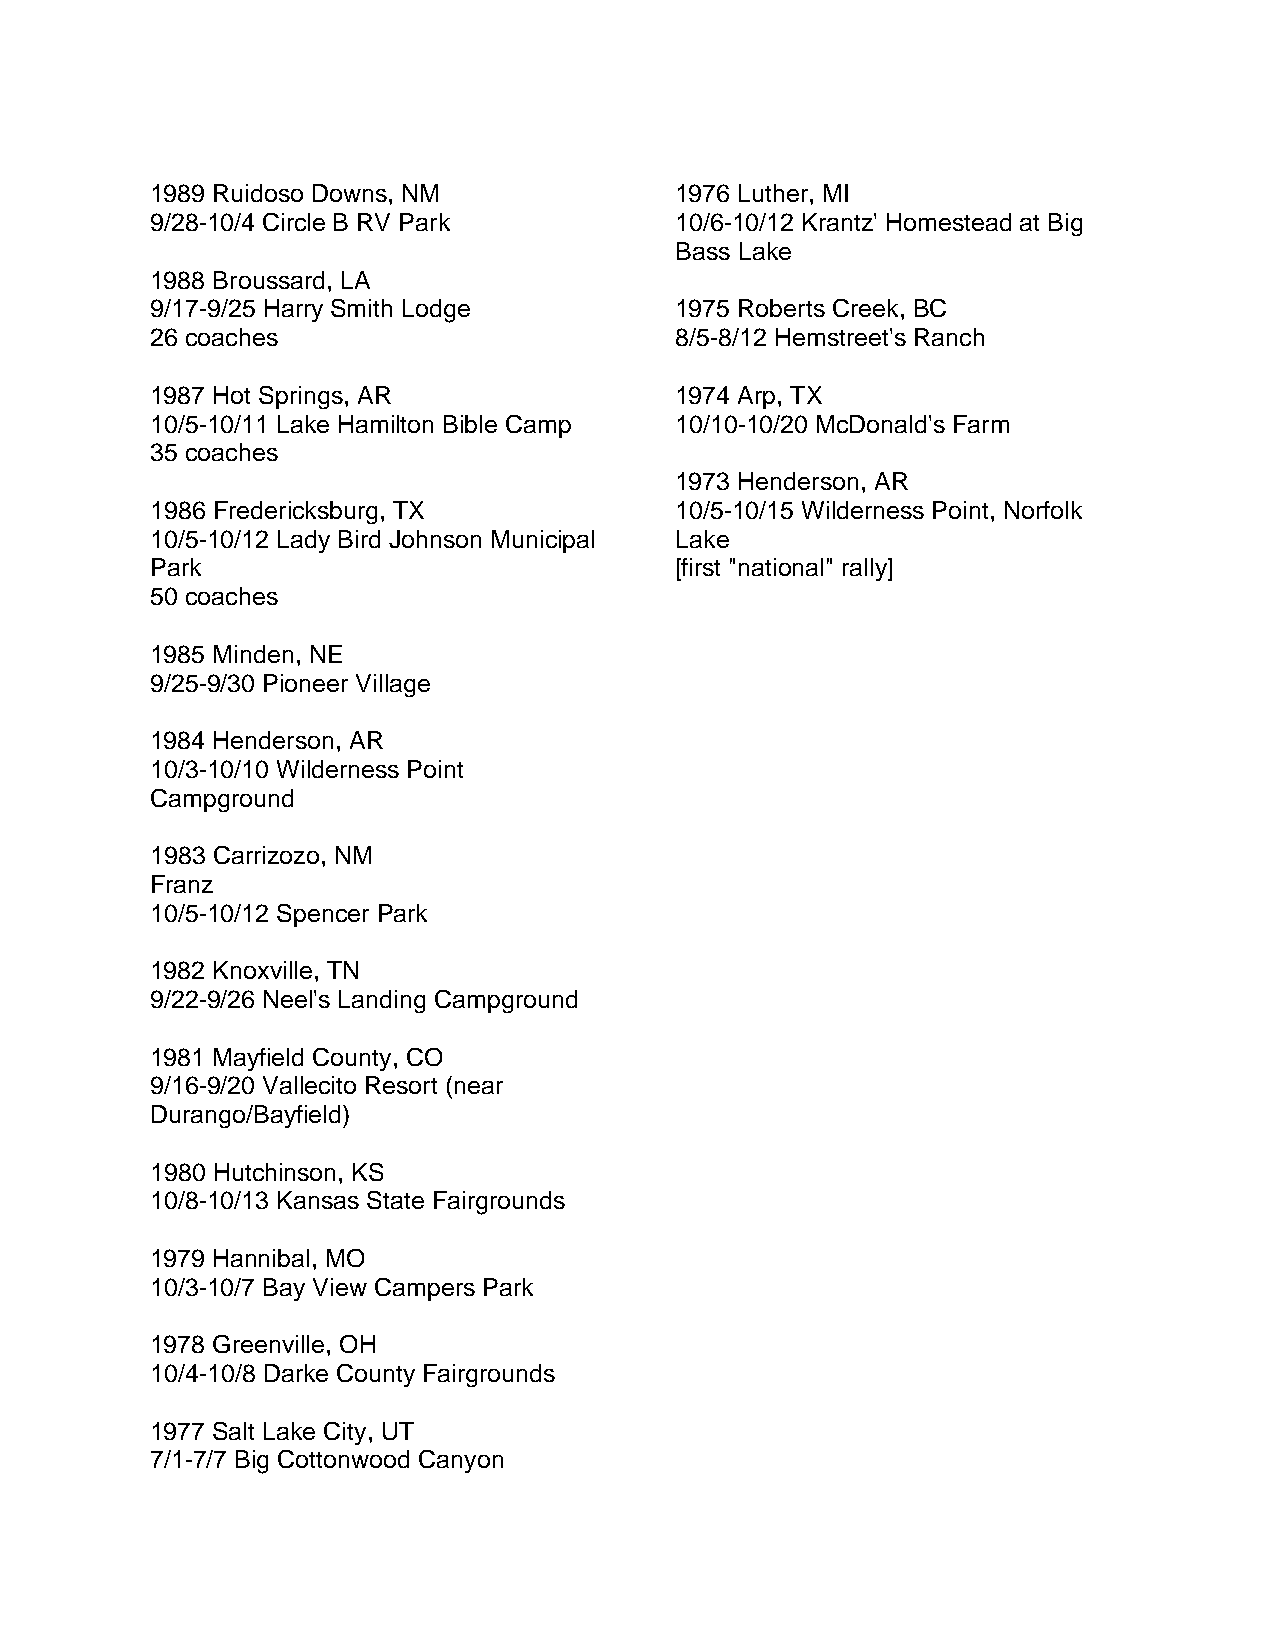
1989 Ruidoso Downs, NM             1976 Luther, MI
 9/28-10/4 Circle B RV Park         10/6-10/12 Krantz' Homestead at Big
 Bass Lake
 1988 Broussard, LA
 9/17-9/25 Harry Smith Lodge        1975 Roberts Creek, BC
 26 coaches                         8/5-8/12 Hemstreet's Ranch
 1987 Hot Springs, AR               1974 Arp, TX
 10/5-10/11 Lake Hamilton Bible Camp 10/10-10/20 McDonald's Farm
 35 coaches
 1973 Henderson, AR
 1986 Fredericksburg, TX            10/5-10/15 Wilderness Point, Norfolk
 10/5-10/12 Lady Bird Johnson Municipal Lake
 Park                               [first "national" rally]
 50 coaches
 1985 Minden, NE
 9/25-9/30 Pioneer Village
 1984 Henderson, AR
 10/3-10/10 Wilderness Point
 Campground
 1983 Carrizozo, NM
 Franz
 10/5-10/12 Spencer Park
 1982 Knoxville, TN
 9/22-9/26 Neel's Landing Campground
 1981 Mayfield County, CO
 9/16-9/20 Vallecito Resort (near
 Durango/Bayfield)
 1980 Hutchinson, KS
 10/8-10/13 Kansas State Fairgrounds
 1979 Hannibal, MO
 10/3-10/7 Bay View Campers Park
 1978 Greenville, OH
 10/4-10/8 Darke County Fairgrounds
 1977 Salt Lake City, UT
 7/1-7/7 Big Cottonwood Canyon